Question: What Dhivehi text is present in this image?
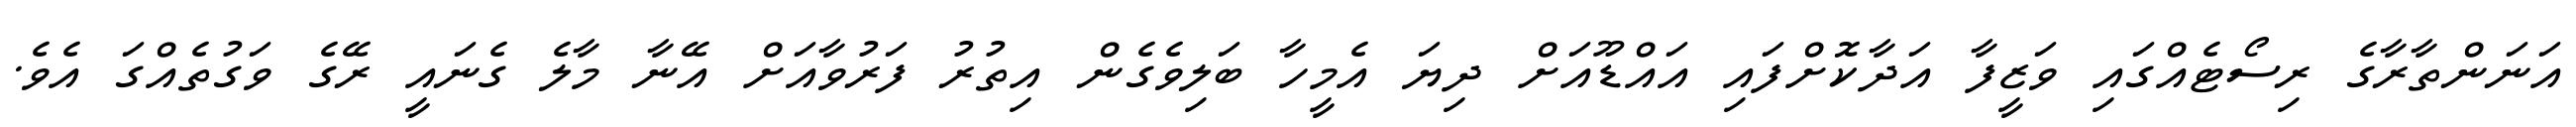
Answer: އަނަންތާރާގެ ރިސޯޓެއްގައި ވަޒީފާ އަދާކޮށްފައި އައްޑޫއަށް ދިޔަ އެމީހާ ބަލިވެގެން އިތުރު ފަރުވާއަށް އޭނާ މާލެ ގެނައީ ރޭގެ ވަގުތެއްގަ އެވެ.